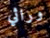
وراثي